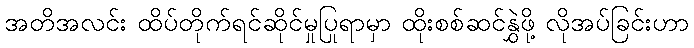
အတိအလင်း ထိပ်တိုက်ရင်ဆိုင်မှုပြုရာမှာ ထိုးစစ်ဆင်နွှဲဖို့ လိုအပ်ခြင်းဟာ